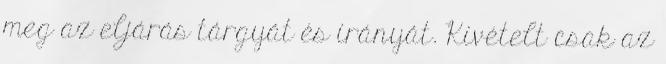
meg az eljárás tárgyát és irányát. Kivételt csak az